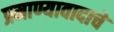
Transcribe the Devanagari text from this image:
प्रमाण्यावादाचे